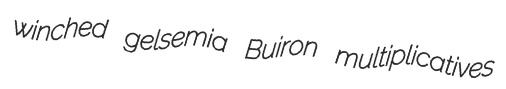
winched gelsemia Buiron multiplicatives